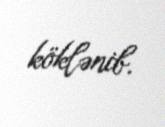
köklənib.